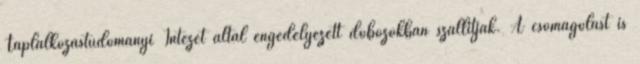
Táplálkozástudományi Intézet által engedélyezett dobozokban szállítják. A csomagolást is